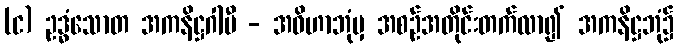
(င) ဥဒ္ဓံသောတ အကနိဋ္ဌဂါမီ - အဝိဟာဘုံမှ အစဉ်အတိုင်းတက်လာ၍ အကနိဋ္ဌဘုံ၌